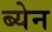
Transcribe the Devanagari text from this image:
ब्येन